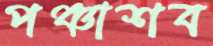
পঞ্চাশব